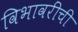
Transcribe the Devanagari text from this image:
विभावरींची